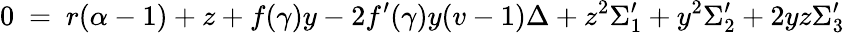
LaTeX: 0~=~r(\alpha-1)+z+f(\gamma)y-2f^{\prime}(\gamma)y(v-1)\Delta+z^{2}\Sigma_{1}^{\prime}+y^{2}\Sigma_{2}^{\prime}+2yz\Sigma_{3}^{\prime}